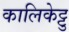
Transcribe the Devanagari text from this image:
कालिकेट्टु